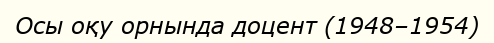
Осы оқу орнында доцент (1948–1954)